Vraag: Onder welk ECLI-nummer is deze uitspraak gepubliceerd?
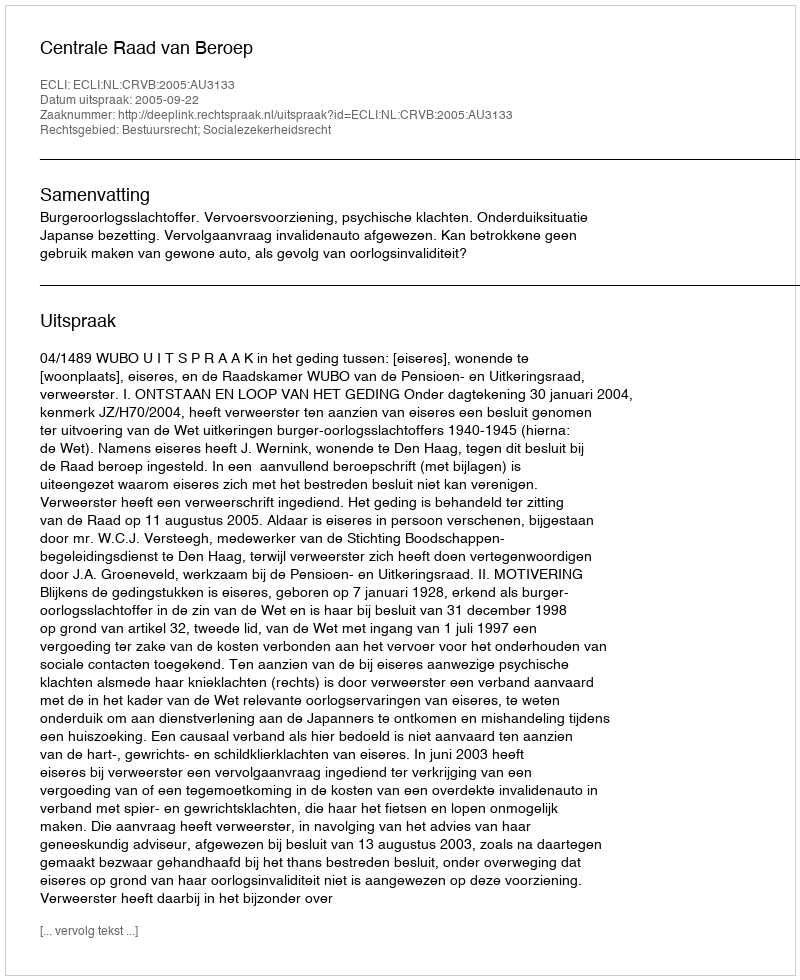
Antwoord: ECLI:NL:CRVB:2005:AU3133